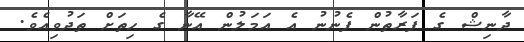
ދާނިޝް ގެ ފަރާތުން ފެނުނު އެ އަމަލުން އޭނާ ގެ ހިތަށް ތަދުވިއެވެ.